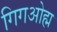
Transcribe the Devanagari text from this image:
गिगओह्म